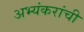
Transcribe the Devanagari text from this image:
अभ्यंकरांची